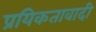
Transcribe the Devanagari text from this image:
प्रयिकतावादी